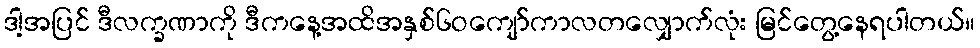
ဒါ့အပြင် ဒီလက္ခဏာကို ဒီကနေ့အထိအနှစ်၆ဝကျော်ကာလတလျှောက်လုံး မြင်တွေ့နေရပါတယ်။